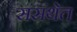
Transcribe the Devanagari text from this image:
संसंथेत